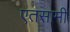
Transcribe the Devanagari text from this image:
एतसामी